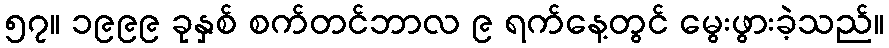
၅၇။ ၁၉၉၉ ခုနှစ် စက်တင်ဘာလ ၉ ရက်နေ့တွင် မွေးဖွားခဲ့သည်။